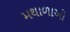
મથાળાઓ